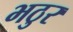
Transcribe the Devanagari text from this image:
भठुर